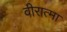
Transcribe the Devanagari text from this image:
वीरात्मा